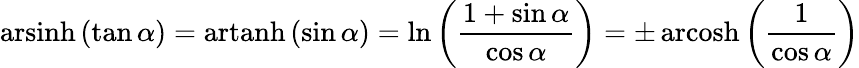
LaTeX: \operatorname{arsinh}\left(\tan\alpha\right)=\operatorname{artanh}\left(\sin\alpha\right)=\ln\left({\frac{1+\sin\alpha}{\cos\alpha}}\right)=\pm\operatorname{arcosh}\left({\frac{1}{\cos\alpha}}\right)